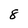
Character: 8